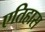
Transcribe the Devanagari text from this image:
एतिहास